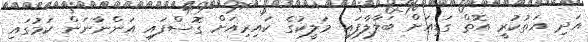
އަދި އަތުކުރީ އޮތް ގަޑިއަށް ބަލާލާފައި މަލީކުގެ ކައިރިއަށް ގޮސްފައި އަންނާނަން ކަމުގައި